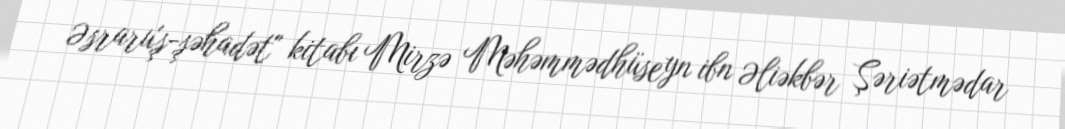
Əsraru'ş-şəhadət" kitabı Mirzə Məhəmmədhüseyn ibn Əliəkbər Şəriətmədar